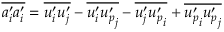
\overline { { a _ { i } ^ { \prime } a _ { i } ^ { \prime } } } = \overline { { u _ { i } ^ { \prime } u _ { j } ^ { \prime } } } - \overline { { u _ { i } ^ { \prime } { u _ { p } ^ { \prime } } _ { j } } } - \overline { { u _ { j } ^ { \prime } { u _ { p } ^ { \prime } } _ { i } } } + \overline { { { u _ { p } ^ { \prime } } _ { i } { u _ { p } ^ { \prime } } _ { j } } }